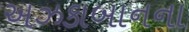
અઝકાબાનના